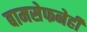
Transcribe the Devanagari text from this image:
बामसेफनेही